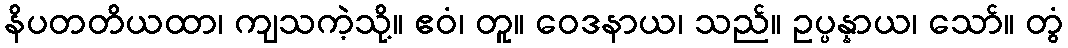
နိပတတိယထာ၊ ကျသကဲ့သို့။ ဧဝံ၊ တူ။ ဝေဒနာယ၊ သည်။ ဥပ္ပန္နာယ၊ သော်။ တွံ